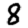
Digit: 8